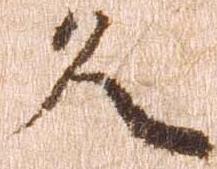
久